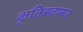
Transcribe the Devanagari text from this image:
कृतिस्वाम्य